Civil Veterinary Department. Central Provinces & Berar 1932-41 - 1932-1941
Year: 1932
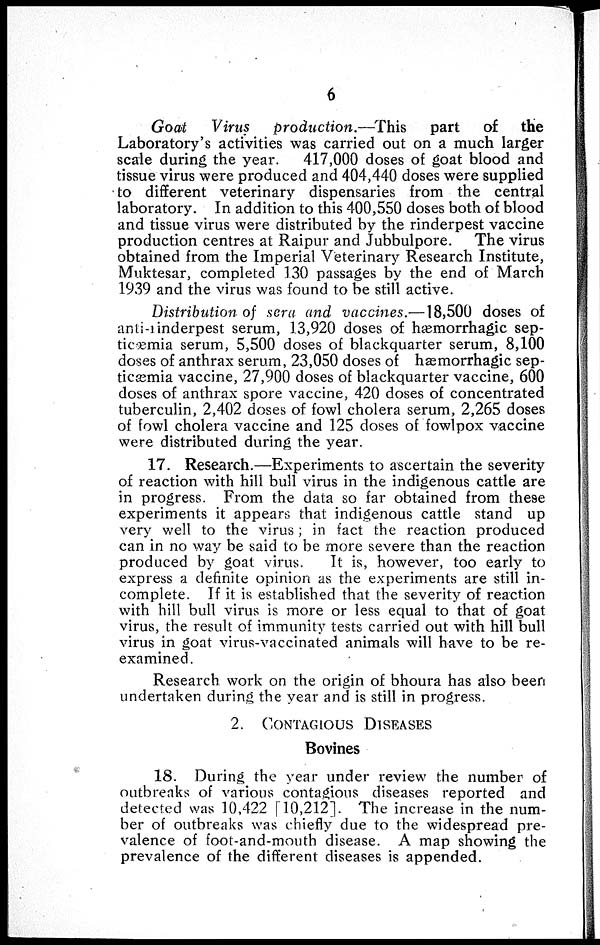
6
Goat
Virus
production.—This
part
of
the
Laboratory's activities was carried out on a much larger
scale during the year.
417,000 doses of goat blood and
tissue virus were produced and 404,440 doses were supplied
to different veterinary dispensaries from the central
laboratory. In addition to this 400,550 doses both of blood
and tissue virus were distributed by the rinderpest vaccine
production centres at Raipur and Jubbulpore. The virus
obtained from the Imperial Veterinary Research Institute,
Muktesar, completed 130 passages by the end of March
1939 and the virus was found to be still active.
Distribution of sera and vaccines.—18,500 doses of
anti-rinderpest serum, 13,920 doses of hæmorrhagic sep-
ticæmia serum, 5,500 doses of blackquarter serum, 8,100
doses of anthrax serum, 23,050 doses of hæmorrhagic sep-
ticæmia vaccine, 27,900 doses of blackquarter vaccine, 600
doses of anthrax spore vaccine, 420 doses of concentrated
tuberculin, 2,402 doses of fowl cholera serum, 2,265 doses
of fowl cholera vaccine and 125 doses of fowlpox vaccine
were distributed during the year.
17. Research.—Experiments to ascertain the severity
of reaction with hill bull virus in the indigenous cattle are
in progress. From the data so far obtained from these
experiments it appears that indigenous cattle stand up
very well to the virus; in fact the reaction produced
can in no way be said to be more severe than the reaction
produced by goat virus. It is, however, too early to
express a definite opinion as the experiments are still in-
complete. If it is established that the severity of reaction
with hill bull virus is more or less equal to that of goat
virus, the result of immunity tests carried out with hill bull
virus in goat virus-vaccinated animals will have to be re-
examined.
Research work on the origin of bhoura has also been
undertaken during the year and is still in progress.
2.
CONTAGIOUS
DISEASES
Bovines
18. During the year under review the number of
outbreaks of various contagious diseases reported and
detected was 10,422 [10,212]. The increase in the num-
ber of outbreaks was chiefly due to the widespread pre-
valence of foot-and-mouth disease. A map showing the
prevalence of the different diseases is appended.